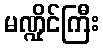
မဏ္ဍိုင်ကြီး